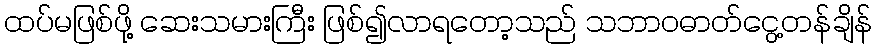
ထပ်မဖြစ်ဖို့ ဆေးသမားကြီး ဖြစ်၍လာရတော့သည် သဘာဝဓာတ်ငွေ့တန်ချိန်